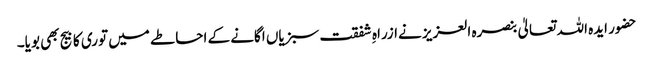
حضور ایدہ اللہ تعالیٰ بنصرہ العزیز نےازراہِ شفقت سبزیاں اگانے کے احاطے میں توری کا بیج بھی بویا۔